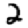
Digit: 2